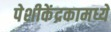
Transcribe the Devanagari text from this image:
पेशीकेंद्रकामध्ये